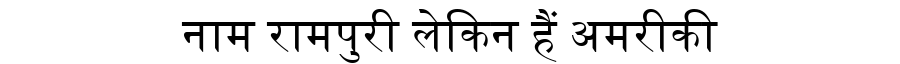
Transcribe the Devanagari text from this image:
नाम रामपुरी लेकिन हैं अमरीकी